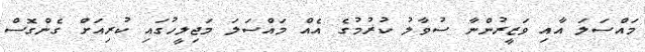
މައްސަލަ އާއި ވަޒީރުންނާ ސުވާލު ކުރުމުގެ އެއް މައްސަލަ މަޖިލީހުގައި ކުރިއަށް ގެންގޮސް